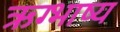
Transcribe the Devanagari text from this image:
ऋग्भाष्य